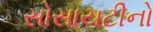
સોસાયટીનો